Report of the Municipal Commissioner on the plague in Bombay for the year ending 31st May... - Volume 3
Disease focus: Plague
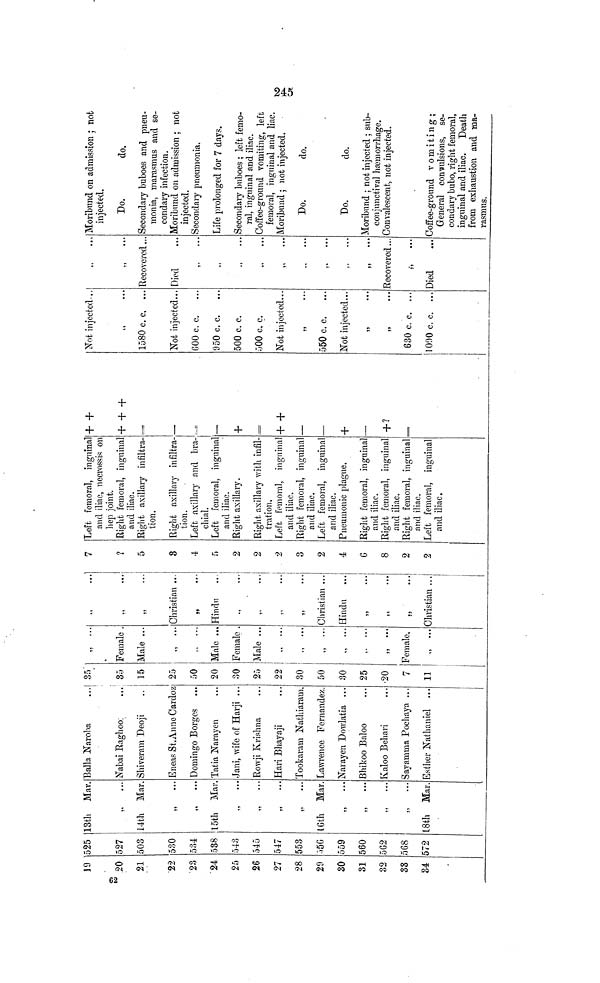
19
20
21
22
23
24
25
26
27
28
29
30
31
32
33
34
525
527
503
530
534
538
543
545
547
553
556
559
560
562
568
572
13th Mar.
14th Mar.
,,
...
15th Mar.
...
,,
• • •
16th Mar.
,,
...
18th Mar.
Balla Naroba
...I
Nabai Raghoo.
Shiveram Deoji
Eneas St. Anne Cardoz
Domingo Borges
Tatia Narayen
Jani, wife of Harji ...
Rowji Krishna
Hari Bhayaji
Tookaram Nathiaram.
Lawrence Fernandez.
Narayen Dowlatia ...
Bhikoo Baloo
Kaloo Behari
Sayamma Pochaya ...
Esther Nathaniel ...
35"
35
15
25
50
20
30
25
22
30
50
30
25
20
7
11
,,
...
Female .
Male ...
Male ...
Female .
Male ...
Female,
,,
...
,,
...
Christian ...
,, •••
Hindu •••
Christian ...
Hindu
,,
...
55
...
,,
Christian ...
7
?
5
3
4
5
2
2
2
3
2
4
6
8
2
2
Left femoral, inguinal
and iliac, necrossis on
hep joint.
Right femoral, inguinal
and iliac.
Right axillary infiltra-
tion.
Right axillary infiltra-
tion.
Left axillary and bra-
chial.
Left femoral, inguinal
and iliac.
Right axillary.
Right axillary with infil-
tration.
Left femoral, inguinal
and iliac.
Right femoral, inguinal
and iliac.
Left femoral, inguinal
and iliac.
Pneumonic plague.
Right femoral, inguinal
and iliac.
Right femoral, inguinal
and iliac.
Right femoral, inguinal
and iliac.
and iliac.
Left femoral, inguinal
and iliac.
+ +
+ + +
—
+ +
_
+
,
+ ?
=
Not injected-..
,,
...
1580 c. c. ...
Not injected...
600 c. c.
950 c. c.
500 c. c.
500 c. c.
Not injected...
,,
...
550 c. c.
Not injected...
,,
...
,,
...
630 c. c. ...
1090 c. c. ...
,,
...
Recovered...
Died
,.
,,
...
,,
...
...
,.
Recovered...
,,
...
Died
Moribund on admission ; not
injected.
Do.
do.
Secondary buboes and pneu-
monia, marasmus and se-
condary infection.
Moribund on admission ; not
injected.
Secondary pneumonia.
Life prolonged for 7 days.
Secondary buboes ; left femo-
ral, inguinal and iliac.
Coffee-ground vomiting, left
femoral, inguinal and liac.
Moribund ; not injected.
Do.
do.
Do.
do.
Moribund ; not injected ; sub-
conjunctival haemorrhage.
Convalescent, not injected.
Coffee-ground vomiting;
General convulsions, se-
condary bubo, right femoral,
inguinal and iliac. Death
from exhaustion and ma-
rasmus.
245